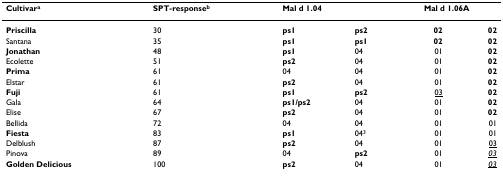
<table><thead><tr><td><b>Cultivar<sup>a</sup></b></td><td><b>SPT-response<sup>b</sup></b></td><td colspan="2"><b>Mal d 1.04</b></td><td colspan="2"><b>Mal d 1.06A</b></td></tr></thead><tbody><tr><td><b>Priscilla</b></td><td>30</td><td><b>ps1</b></td><td><b>ps2</b></td><td><b>02</b></td><td><b>02</b></td></tr><tr><td>Santana</td><td>35</td><td><b>ps1</b></td><td><b>ps1</b></td><td><b>02</b></td><td><b>02</b></td></tr><tr><td><b>Jonathan</b></td><td>48</td><td><b>ps1</b></td><td>04</td><td>01</td><td><b>02</b></td></tr><tr><td>Ecolette</td><td>51</td><td><b>ps2</b></td><td>04</td><td>01</td><td><b>02</b></td></tr><tr><td><b>Prima</b></td><td>61</td><td>04</td><td>04</td><td>01</td><td><b>02</b></td></tr><tr><td>Elstar</td><td>61</td><td><b>ps2</b></td><td>04</td><td>01</td><td><b>02</b></td></tr><tr><td><b>Fuji</b></td><td>61</td><td><b>ps1</b></td><td><b>ps2</b></td><td><underline>03</underline></td><td><b>02</b></td></tr><tr><td>Gala</td><td>64</td><td><b>ps1/ps2</b></td><td>04</td><td>01</td><td><b>02</b></td></tr><tr><td>Elise</td><td>67</td><td><b>ps2</b></td><td>04</td><td>01</td><td><b>02</b></td></tr><tr><td>Bellida</td><td>72</td><td>04</td><td>04</td><td>01</td><td>01</td></tr><tr><td><b>Fiesta</b></td><td>83</td><td><b>ps1</b></td><td>04<sup>3</sup></td><td>01</td><td>01</td></tr><tr><td>Delblush</td><td>87</td><td><b>ps2</b></td><td>04</td><td>01</td><td><underline>03</underline></td></tr><tr><td>Pinova</td><td>89</td><td>04</td><td><b>ps2</b></td><td>01</td><td><underline><i>03</i></underline></td></tr><tr><td><b>Golden Delicious</b></td><td>100</td><td><b>ps2</b></td><td>04</td><td>01</td><td><underline><i>03</i></underline></td></tr></tbody></table>